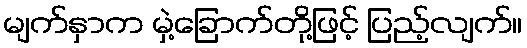
မျက်နှာက မှဲ့ခြောက်တို့ဖြင့် ပြည့်လျက်။